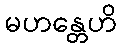
မဟန္တေဟိ